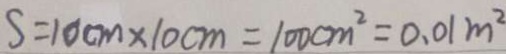
S = 1 0 c m \times 1 0 c m = 1 0 0 c m ^ { 2 } = 0 . 0 1 m ^ { 2 }